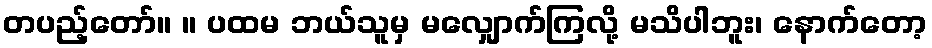
တပည့်တော်။ ။ ပထမ ဘယ်သူမှ မလျှောက်ကြလို့ မသိပါဘူး၊ နောက်တော့